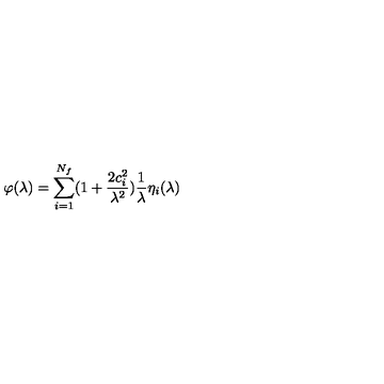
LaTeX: \varphi ( \lambda ) = \sum _ { i = 1 } ^ { N _ { f } } ( 1 + \frac { 2 c _ { i } ^ { 2 } } { \lambda ^ { 2 } } ) \frac 1 \lambda \eta _ { i } ( \lambda )